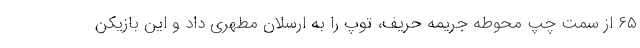
۶۵ از سمت چپ محوطه جریمه حریف، توپ را به ارسلان مطهری داد و این بازیکن